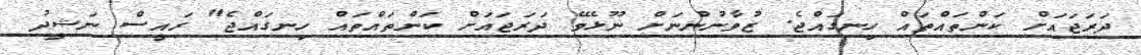
ދަރަޖައަށް ކަންތައްތައް ހިނގައްޖެ. ޒުވާނުންނަށް ނޫޅެވޭ ދަރަޖައަށް ކަންތައްތައް ހިނގައްޖެ" ރައީސް ނަޝީދު